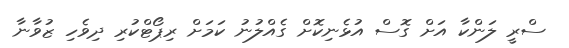
ސްރީ ލަންކާ އަށް ގޮސް އުޅެނިކޮށް ގެއްލުނު ކަމަށް ރިޕޯޓްކުރި ދިވެހި ޒުވާނާ